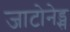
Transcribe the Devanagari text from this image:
जाटोनेड्स